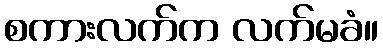
စကားလက်က လက်မခံ။